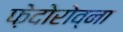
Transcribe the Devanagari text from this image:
फ़ेदोरोव्ना